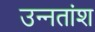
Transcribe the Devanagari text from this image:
उन्‍नतांश